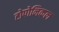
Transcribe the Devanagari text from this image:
टोपोनिकल